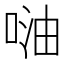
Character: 𠶢